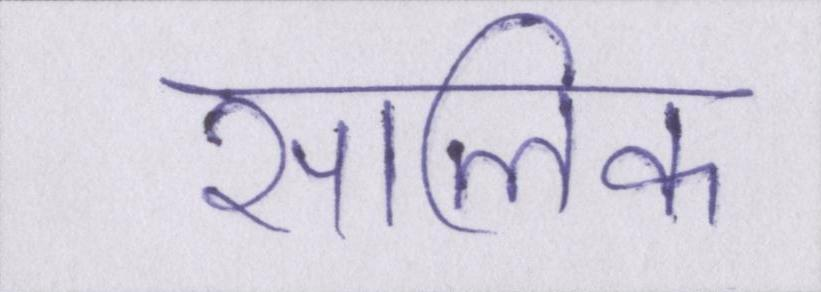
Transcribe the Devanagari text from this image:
सालिक